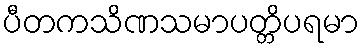
ပီတကသိဏသမာပတ္တိပရမာ